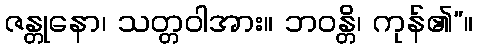
ဇန္တုနော၊ သတ္တဝါအား။ ဘဝန္တိ၊ ကုန်၏”။